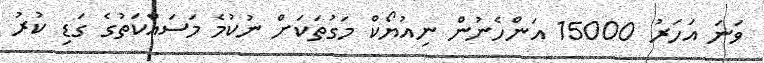
ވަނަ އަހަރު 15000 އަންހެނުން ނިއުޔޯކް މަގުތަކަށް ނުކުމެ މަސައްކަތުގެ ގަޑި ކުރު